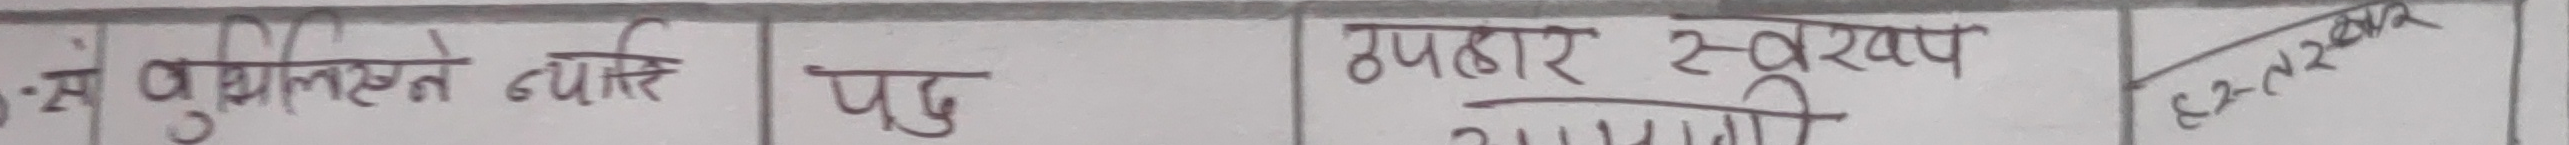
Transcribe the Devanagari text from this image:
सं. उपर्युक्त व्यौरे पदु उपहार स्वरूप अदागी हस्ताक्षर